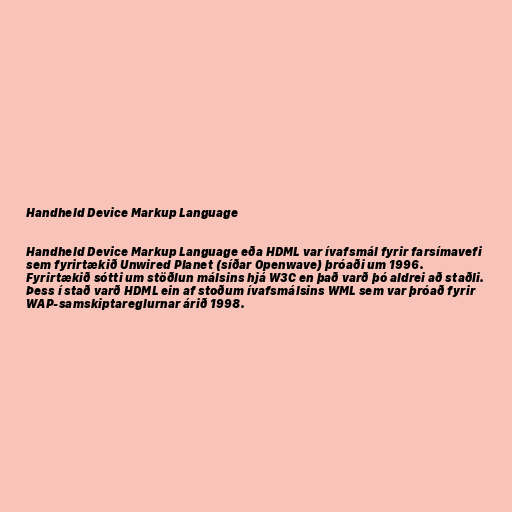
Handheld Device Markup Language

Handheld Device Markup Language eða HDML var ívafsmál fyrir farsímavefi
sem fyrirtækið Unwired Planet (síðar Openwave) þróaði um 1996.
Fyrirtækið sótti um stöðlun málsins hjá W3C en það varð þó aldrei að staðli.
Þess í stað varð HDML ein af stoðum ívafsmálsins WML sem var þróað fyrir
WAP-samskiptareglurnar árið 1998.